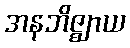
အနဘိဇ္ဈာယ